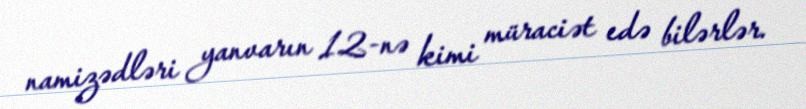
namizədləri yanvarın 12-nə kimi müraciət edə bilərlər.